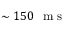
\sim 1 5 0 ~ \mathrm { ~ m ~ s ~ }